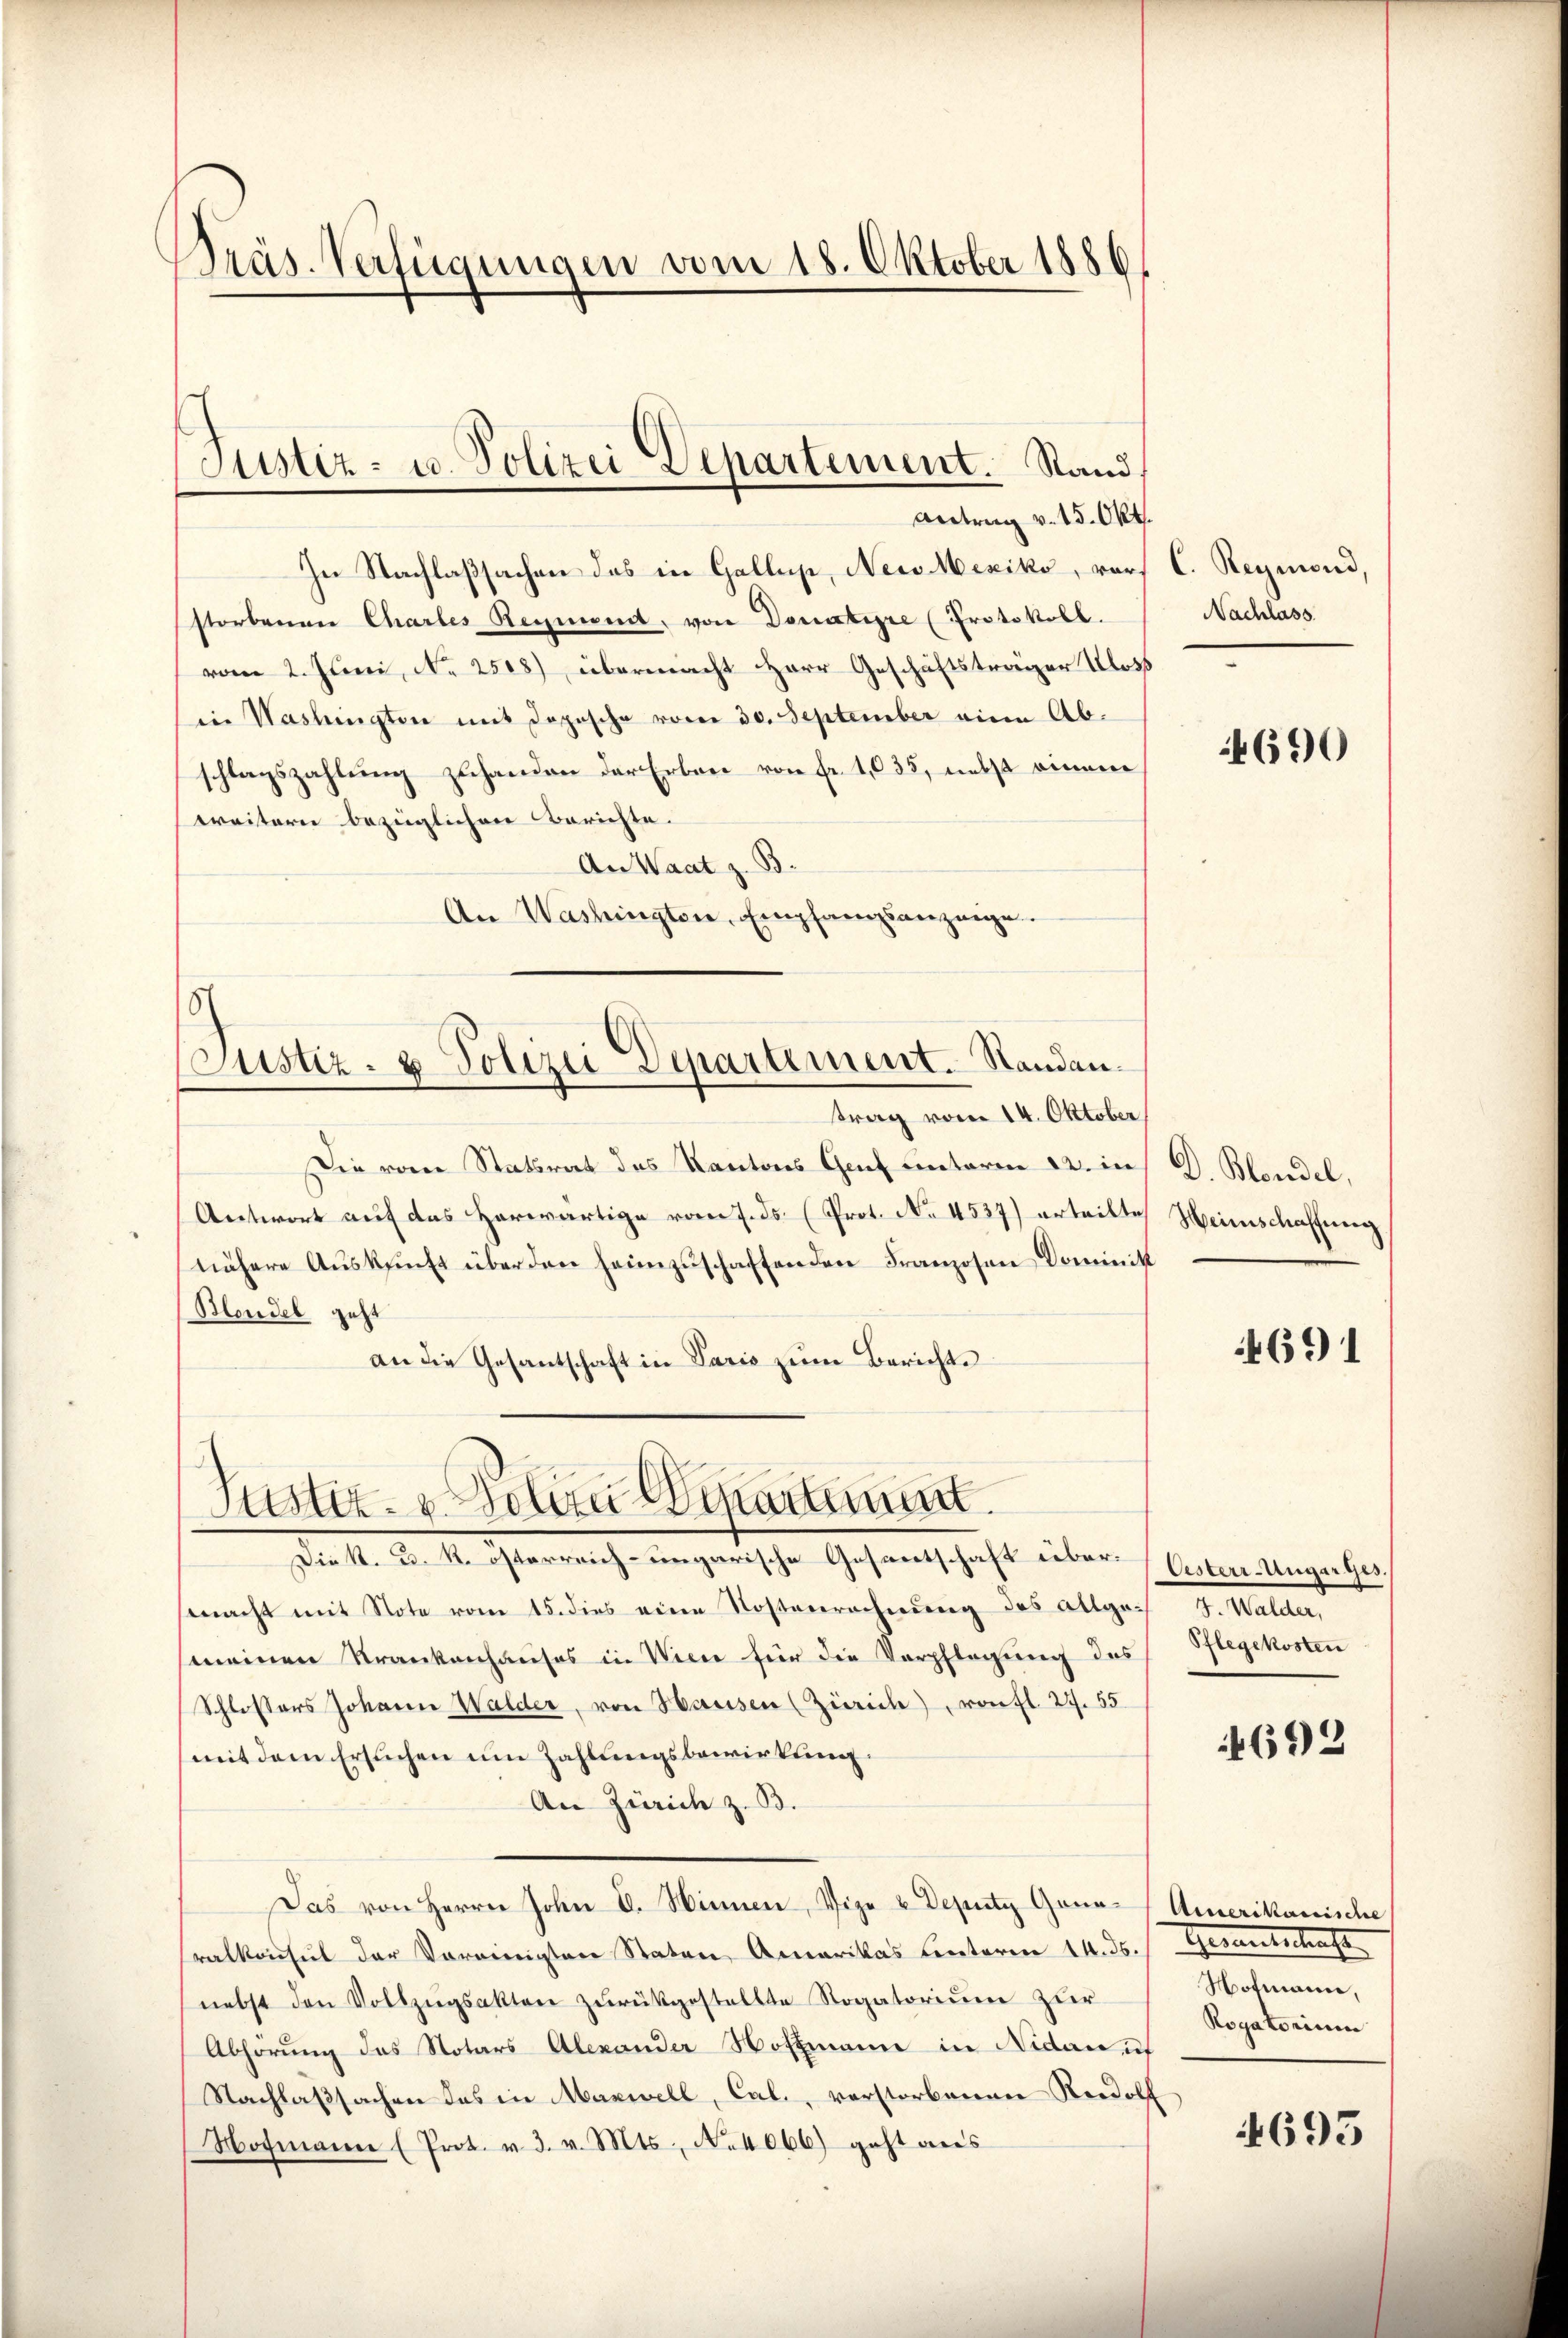
Präs. Verfügungen vom 18. Oktober 1886

In Nachlaßsachen das in Gallup, Nein Mexiko, worstorbenen Chartes Reymond, von Donatipre (Protokoll.
vom 2. Juni, No 2508) übermacht Herr Geschäftsträger Klost
in Washingten mit dopische vom 30. September eine Abschlagszahlung zuhanden der Erben von fr. 1035, nebst einem
weitern bezüglichen Berichte.
An Waat z. B.
An Washingten, Empfangsanzeige.

Justiz- u. Polizei Departement. Stand,
Antrag v. 15. Okt.

6
Justiz- & Polizei Departement. Standan¬

trag vom 14. Oktober
Die vom Statsrat des Kantons Genf unterm 12. in D. Blondel,
Antwort auf das Herwärtige vom 7. ds. (Prot. No. 4537) erteilte,
nähere Aŭskŭnft überden heimzuschaftenden Franzosen Dominist
Mondel geht
an die Gesantschaft in Paris zum Berichte

Justiz- u. Polizei Vikartement
Dr. K. A. M. Herreich angerische Gesandtschaft über stilien unglichen

macht mit Note vom 15. dies eine Kostenrechnung des allges J. Walder
meinen Krankenhauses in Wien für die Verpflegung des Pflegekosten
Schlossers Johann Walder, von Hausen (Zürich), ronft 27. 55
(mit dem Ersuchen um Zahlungsbewirkung:
An Zürich z. B.
Das von Herrn John V. Winnen, Vize u Deputz Gona Amerikanische
ralkonsul der Vereinigten Staten, Amerikas hinterm 14. ds. (Gesantschaft
nebst den Vollzŭgsakten zŭrückgestellte Rogatorium zur
Abhörung des Notars Alexander Hoffmann in Nidau u
Nachlaßsachen das in Mariell, Cal., verstorbenen Rudolf
Nofmann (Prot. v. 3. v. Mts., No 4066) geht aus

C. Reymond,
Nachlass

4690

Heinschaffung

4691

4692

Hofmann,
Rogatorium

4695